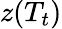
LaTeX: z(T_{t})